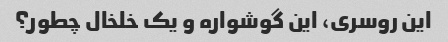
این روسری، این گوشواره و یک خلخال چطور؟